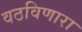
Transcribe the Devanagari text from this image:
वठविणारा